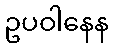
ဥပဝါနေန